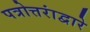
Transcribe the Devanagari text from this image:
पत्रोत्तरांद्वारे